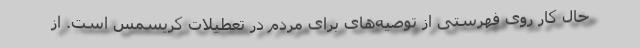
حال کار روی فهرستی از توصیه‌های برای مردم در تعطیلات کریسمس است. از